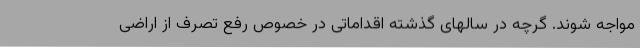
مواجه شوند. گرچه در سالهای گذشته اقداماتی در خصوص رفع تصرف از اراضی